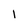
Character: 1